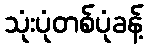
သုံးပုံတစ်ပုံခန့်